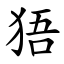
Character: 㹳